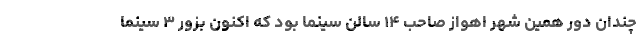
چندان دور همین شهر اهواز صاحب ۱۴ سالن سینما بود که اکنون بزور ۳ سینما